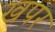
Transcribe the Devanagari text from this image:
खपर